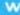
W